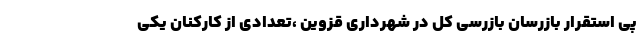
پی استقرار بازرسان بازرسی کل در شهرداری قزوین ،تعدادی از کارکنان یکی